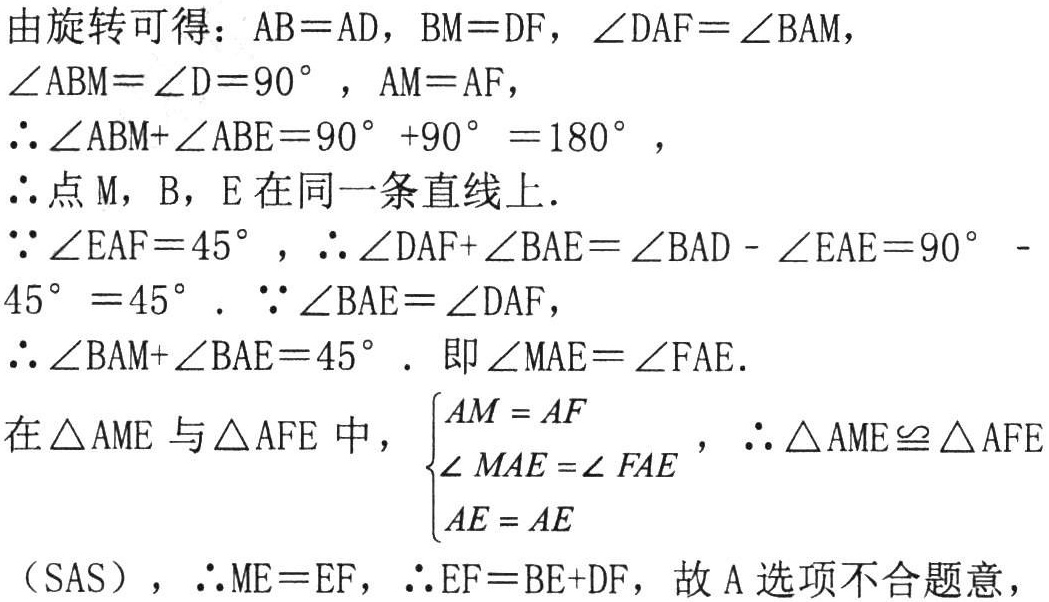
由旋转可得：\(AB = AD\)，\(BM = DF\)，\(\angle DAF=\angle BAM\)，\(\angle ABM=\angle D = 90^{\circ}\)，\(AM = AF\)，

\(\therefore\angle ABM+\angle ABE = 90^{\circ}+90^{\circ}=180^{\circ}\)，

\(\therefore\)点\(M\)，\(B\)，\(E\)在同一条直线上.

\(\because\angle EAF = 45^{\circ}\)，\(\therefore\angle DAF+\angle BAE=\angle BAD - \angle EAF=90^{\circ}-45^{\circ}=45^{\circ}\). \(\because\angle BAE=\angle DAF\)，

\(\therefore\angle BAM+\angle BAE = 45^{\circ}\). 即\(\angle MAE=\angle FAE\).

在\(\triangle AME\)与\(\triangle AFE\)中，\(\begin{cases}AM = AF\\\angle MAE=\angle FAE\\AE = AE\end{cases}\)，\(\therefore\triangle AME\cong\triangle AFE\)

（\(SAS\)），\(\therefore ME = EF\)，\(\therefore EF = BE + DF\)，故\(A\)选项不合题意，